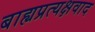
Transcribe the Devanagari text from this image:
बाह्यप्रत्यक्षवाद